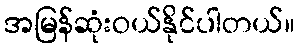
အမြန်ဆုံးဝယ်နိုင်ပါတယ်။